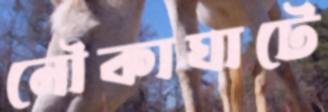
নৌকাঘাটে